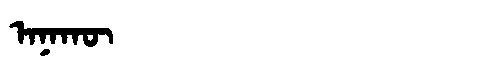
Manchu: ᠠᠨᠠᡴᡡ
Romanization: ANAKŪ